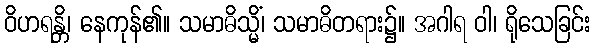
ဝိဟရန္တိ၊ နေကုန်၏။ သမာဓိသ္မိံ၊ သမာဓိတရား၌။ အဂါရ ဝါ၊ ရိုသေခြင်း